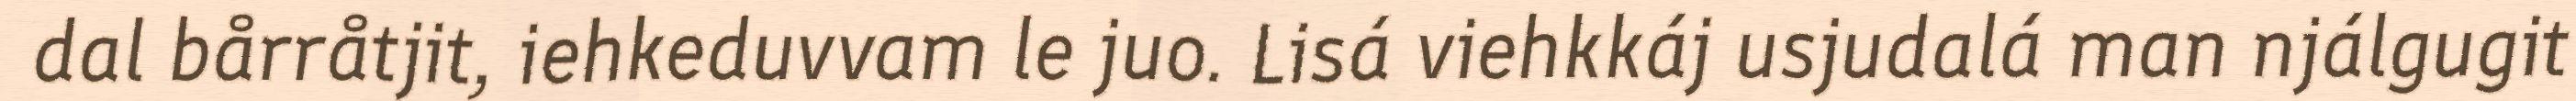
dal bårråtjit, iehkeduvvam le juo. Lisá viehkkáj usjudalá man njálgugit